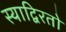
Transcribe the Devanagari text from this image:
स्याद्विरतो